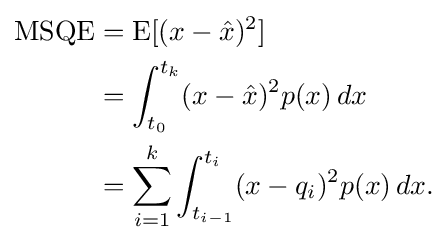
{\begin{aligned}\operatorname {MSQE} &=\operatorname {E} [(x-{\hat {x}})^{2}]\\&=\int _{t_{0}}^{t_{k}}(x-{\hat {x}})^{2}p(x)\,dx\\&=\sum _{i=1}^{k}\int _{t_{i-1}}^{t_{i}}(x-q_{i})^{2}p(x)\,dx.\end{aligned}}